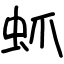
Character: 䖣